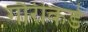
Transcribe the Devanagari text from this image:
गौरीकडे